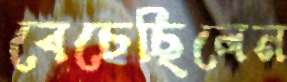
বেচেছিলেন